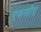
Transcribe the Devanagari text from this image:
एफसीए